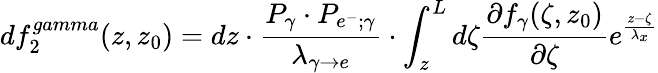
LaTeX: df_{2}^{gamma}(z,z_{0})=dz\cdot\frac{P_{\gamma}\cdot P_{e^{-};\gamma}}{\lambda_{\gamma\rightarrow e}}\cdot\int_{z}^{L}d\zeta\frac{\partial f_{\gamma}(\zeta,z_{0})}{\partial\zeta}e^{\frac{z-\zeta}{\lambda_{x}}}